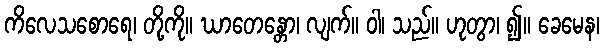
ကိလေသစောရေ၊ တို့ကို။ ဃာတေန္တော၊ လျက်။ ဝါ၊ သည်။ ဟုတွာ၊ ၍။ ခေမေန၊